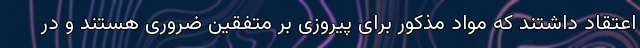
اعتقاد داشتند که مواد مذکور برای پیروزی بر متفقین ضروری هستند و در